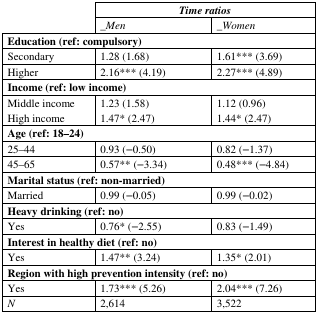
<table><thead><tr><td rowspan="2"></td><td colspan="2"><b><i>Time ratios</i></b></td></tr><tr><td><b><i>_Men</i></b></td><td><b><i>_Women</i></b></td></tr></thead><tbody><tr><td colspan="3"><b>Education (ref: compulsory)</b></td></tr><tr><td>Secondary</td><td>1.28 (1.68)</td><td>1.61*** (3.69)</td></tr><tr><td>Higher</td><td>2.16*** (4.19)</td><td>2.27*** (4.89)</td></tr><tr><td colspan="3"><b>Income (ref: low income)</b></td></tr><tr><td>Middle incomeHigh income</td><td>1.23 (1.58)1.47* (2.47)</td><td>1.12 (0.96)1.44* (2.47)</td></tr><tr><td colspan="3"><b>Age (ref: 18–24)</b></td></tr><tr><td>25–44</td><td>0.93 (−0.50)</td><td>0.82 (−1.37)</td></tr><tr><td>45–65</td><td>0.57** (−3.34)</td><td>0.48*** (−4.84)</td></tr><tr><td colspan="3"><b>Marital status (ref: non-married)</b></td></tr><tr><td>Married</td><td>0.99 (−0.05)</td><td>0.99 (−0.02)</td></tr><tr><td colspan="3"><b>Heavy drinking (ref: no)</b></td></tr><tr><td>Yes</td><td>0.76* (−2.55)</td><td>0.83 (−1.49)</td></tr><tr><td colspan="3"><b>Interest in healthy diet (ref: no)</b></td></tr><tr><td>Yes</td><td>1.47** (3.24)</td><td>1.35* (2.01)</td></tr><tr><td colspan="3"><b>Region with high prevention intensity (ref: no)</b></td></tr><tr><td>Yes</td><td>1.73*** (5.26)</td><td>2.04*** (7.26)</td></tr><tr><td><i>N</i></td><td>2,614</td><td>3,522</td></tr></tbody></table>